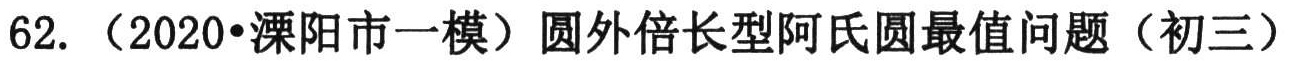
62.（2020•溧阳市一模）圆外倍长型阿氏圆最值问题（初三）